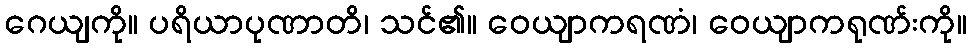
ဂေယျကို။ ပရိယာပုဏာတိ၊ သင်၏။ ဝေယျာကရဏံ၊ ဝေယျာကရုဏ်းကို။